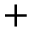
+